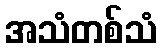
အသံတစ်သံ